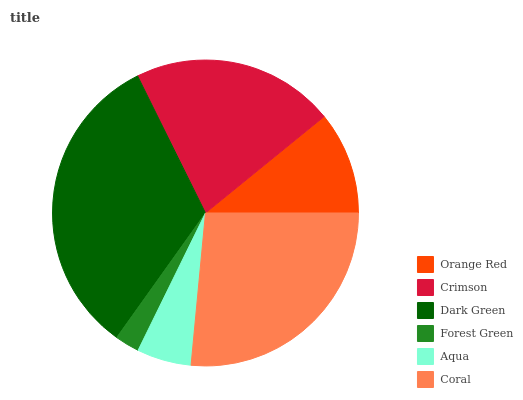
| Orange Red | Crimson | Dark Green | Forest Green | Aqua | Coral |
 | --- | --- | --- | --- | --- | --- |
 | 10.9% | 21.5% | 32.8% | 2.59% | 5.76% | 26.6% |